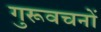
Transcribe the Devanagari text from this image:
गुरूवचनों